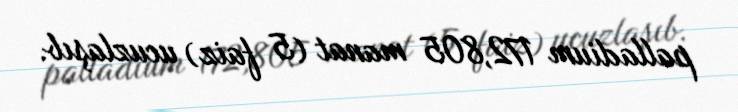
palladium 172,805 manat (5 faiz) ucuzlaşıb.